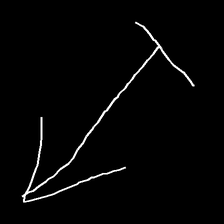
Glyph: levitation